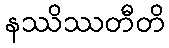
နဿိဿတီတိ